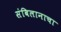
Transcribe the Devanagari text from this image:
संबिलानाचा